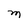
Character: M